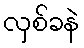
လှစ်ခနဲ